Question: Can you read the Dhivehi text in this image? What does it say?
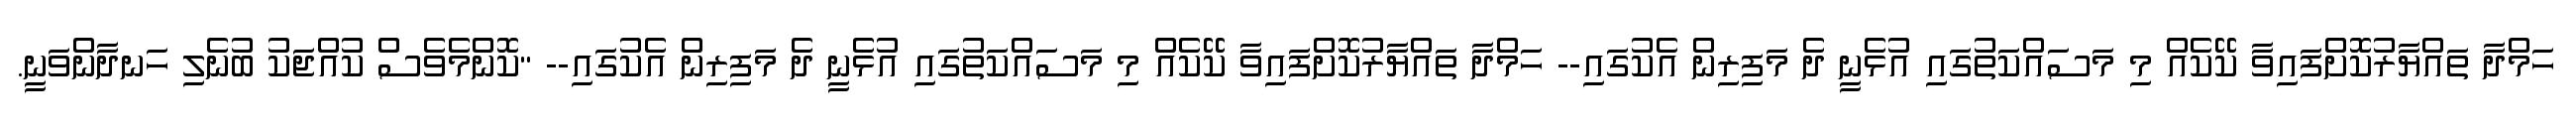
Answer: ހަމްދާ ތައްޔާރުކޮށްފައިވާ ކޭކެއް މި މަސައްކަތުގައި އުޅެނީ ދެ މަފިރިން އެކުގައި-- ހަމްދާ ތައްޔާރުކޮށްފައިވާ ކޭކެއް މި މަސައްކަތުގައި އުޅެނީ ދެ މަފިރިން އެކުގައި-- "ކޮންމެވެސް ކުއްޖަކު ބުނެލި ހަނދާންވަނީ.